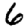
Digit: 6